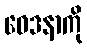
ဝေဒနာကို